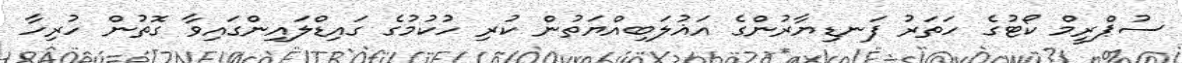
ސުޕްރީމް ކޯޓުގެ ހަތަރު ފަނޑިޔާރުންގެ އަޣުލަބިއްޔަތުން ކުރި ހުކުމުގެ ގައިޑްލައިންގައިވާ ގޮތުން ހުރިހާ